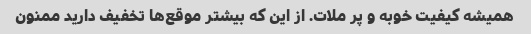
همیشه کیفیت خوبه و پر ملات. از این که بیشتر موقع‌ها تخفیف دارید ممنون